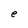
Character: e